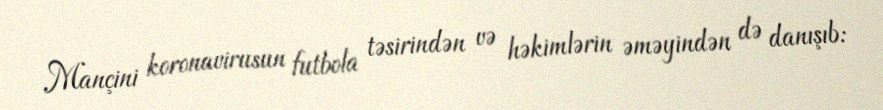
Mançini koronavirusun futbola təsirindən və həkimlərin əməyindən də danışıb: